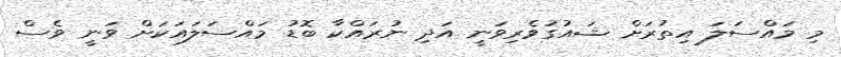
މި މައްސަލަ އިތުރަށް ޝައުގުވެރިވަނީ އަދި ނުރައްކާ ބޮޑު މައްސަލައަކަށް ވަނީ ވެސް